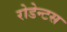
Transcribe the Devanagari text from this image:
रोडेन्टस